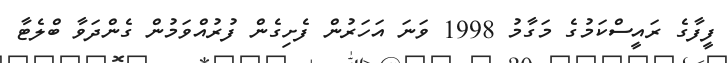
ފީފާގެ ރައީސްކަމުގެ މަގާމު 1998 ވަނަ އަހަރުން ފެށިގެން ފުރުއްވަމުން ގެންދަވާ ބްލެޓާ